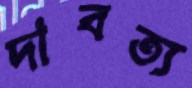
দাবত্য